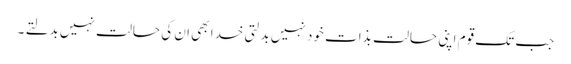
جب تک قوم اپنی حالت بذات خود نہیں بدلتی خدا بھی ان کی حالت نہیں بدلتے ۔